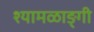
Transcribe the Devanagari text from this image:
श्यामळाङ्गी